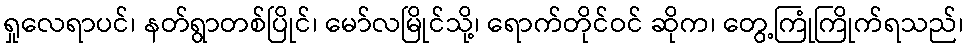
ရှုလေရာပင်၊ နတ်ရွာတစ်ပြိုင်၊ မော်လမြိုင်သို့၊ ရောက်တိုင်ဝင် ဆိုက၊ တွေ့ကြုံကြိုက်ရသည်၊